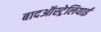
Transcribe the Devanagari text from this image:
बादऑस्ट्रेलियाई